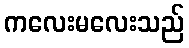
ကလေးမလေးသည်